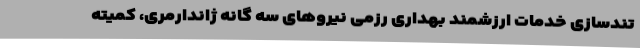
تندسازی خدمات ارزشمند بهداری رزمی نیروهای سه گانه ژاندارمری، کمیته